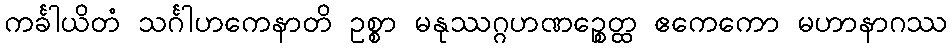
ကင်္ခါယိတံ သင်္ဂါဟကေနာတိ ဥစ္စာ မနုဿဂ္ဂဟဏဉ္စေတ္ထ ဧကေကော မဟာနာဂဿ